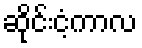
ဆိုင်းငံ့ကာလ